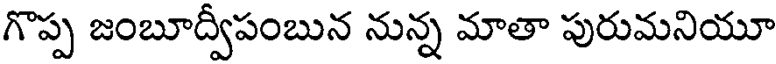
గొప్ప జంబూద్వీపంబున నున్న మాతా పురుమనియూ